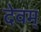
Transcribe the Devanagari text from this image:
देवम्